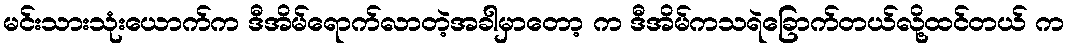
မင်းသားသုံးယောက်က ဒီအိမ်ရောက်လာတဲ့အခါမှာတော့ က ဒီအိမ်ကသရဲခြောက်တယ်လို့ထင်တယ် က